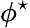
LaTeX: \phi^{\star}